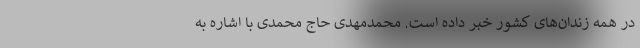
در همه زندان‌های کشور خبر داده است. محمدمهدی حاج محمدی با اشاره به